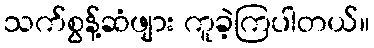
သက်စွန့်ဆံဖျား ကူခဲ့ကြပါတယ်။